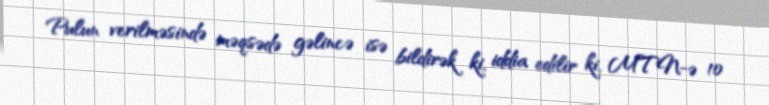
Pulun verilməsində məqsədə gəlincə isə bildirək ki, iddia edilir ki, MTN-ə 10